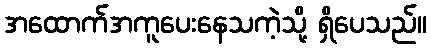
အထောက်အကူပေးနေသကဲ့သို့ ရှိပေသည်။